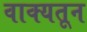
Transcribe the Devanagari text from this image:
वाक्यतून